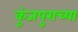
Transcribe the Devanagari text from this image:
कुंजपुराच्या